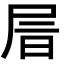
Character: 𡱔